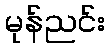
မုန်ညင်း